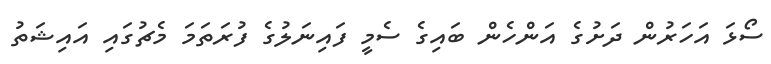
ސޯޅަ އަހަރުން ދަށުގެ އަންހެން ބައިގެ ސެމީ ފައިނަލުގެ ފުރަތަމަ މެޗުގައި އައިޝަތު